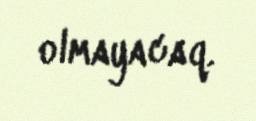
olmayacaq.